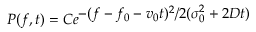
P ( f , t ) = C e ^ { \displaystyle - ( f - f _ { 0 } - v _ { 0 } t ) ^ { 2 } / 2 ( \sigma _ { 0 } ^ { 2 } + 2 D t ) }